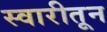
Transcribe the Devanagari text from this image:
स्वारीतून